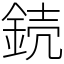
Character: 𨧣